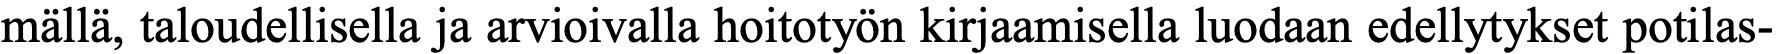
mällä, taloudellisella ja arvioivalla hoitotyön kirjaamisella luodaan edellytykset potilas-